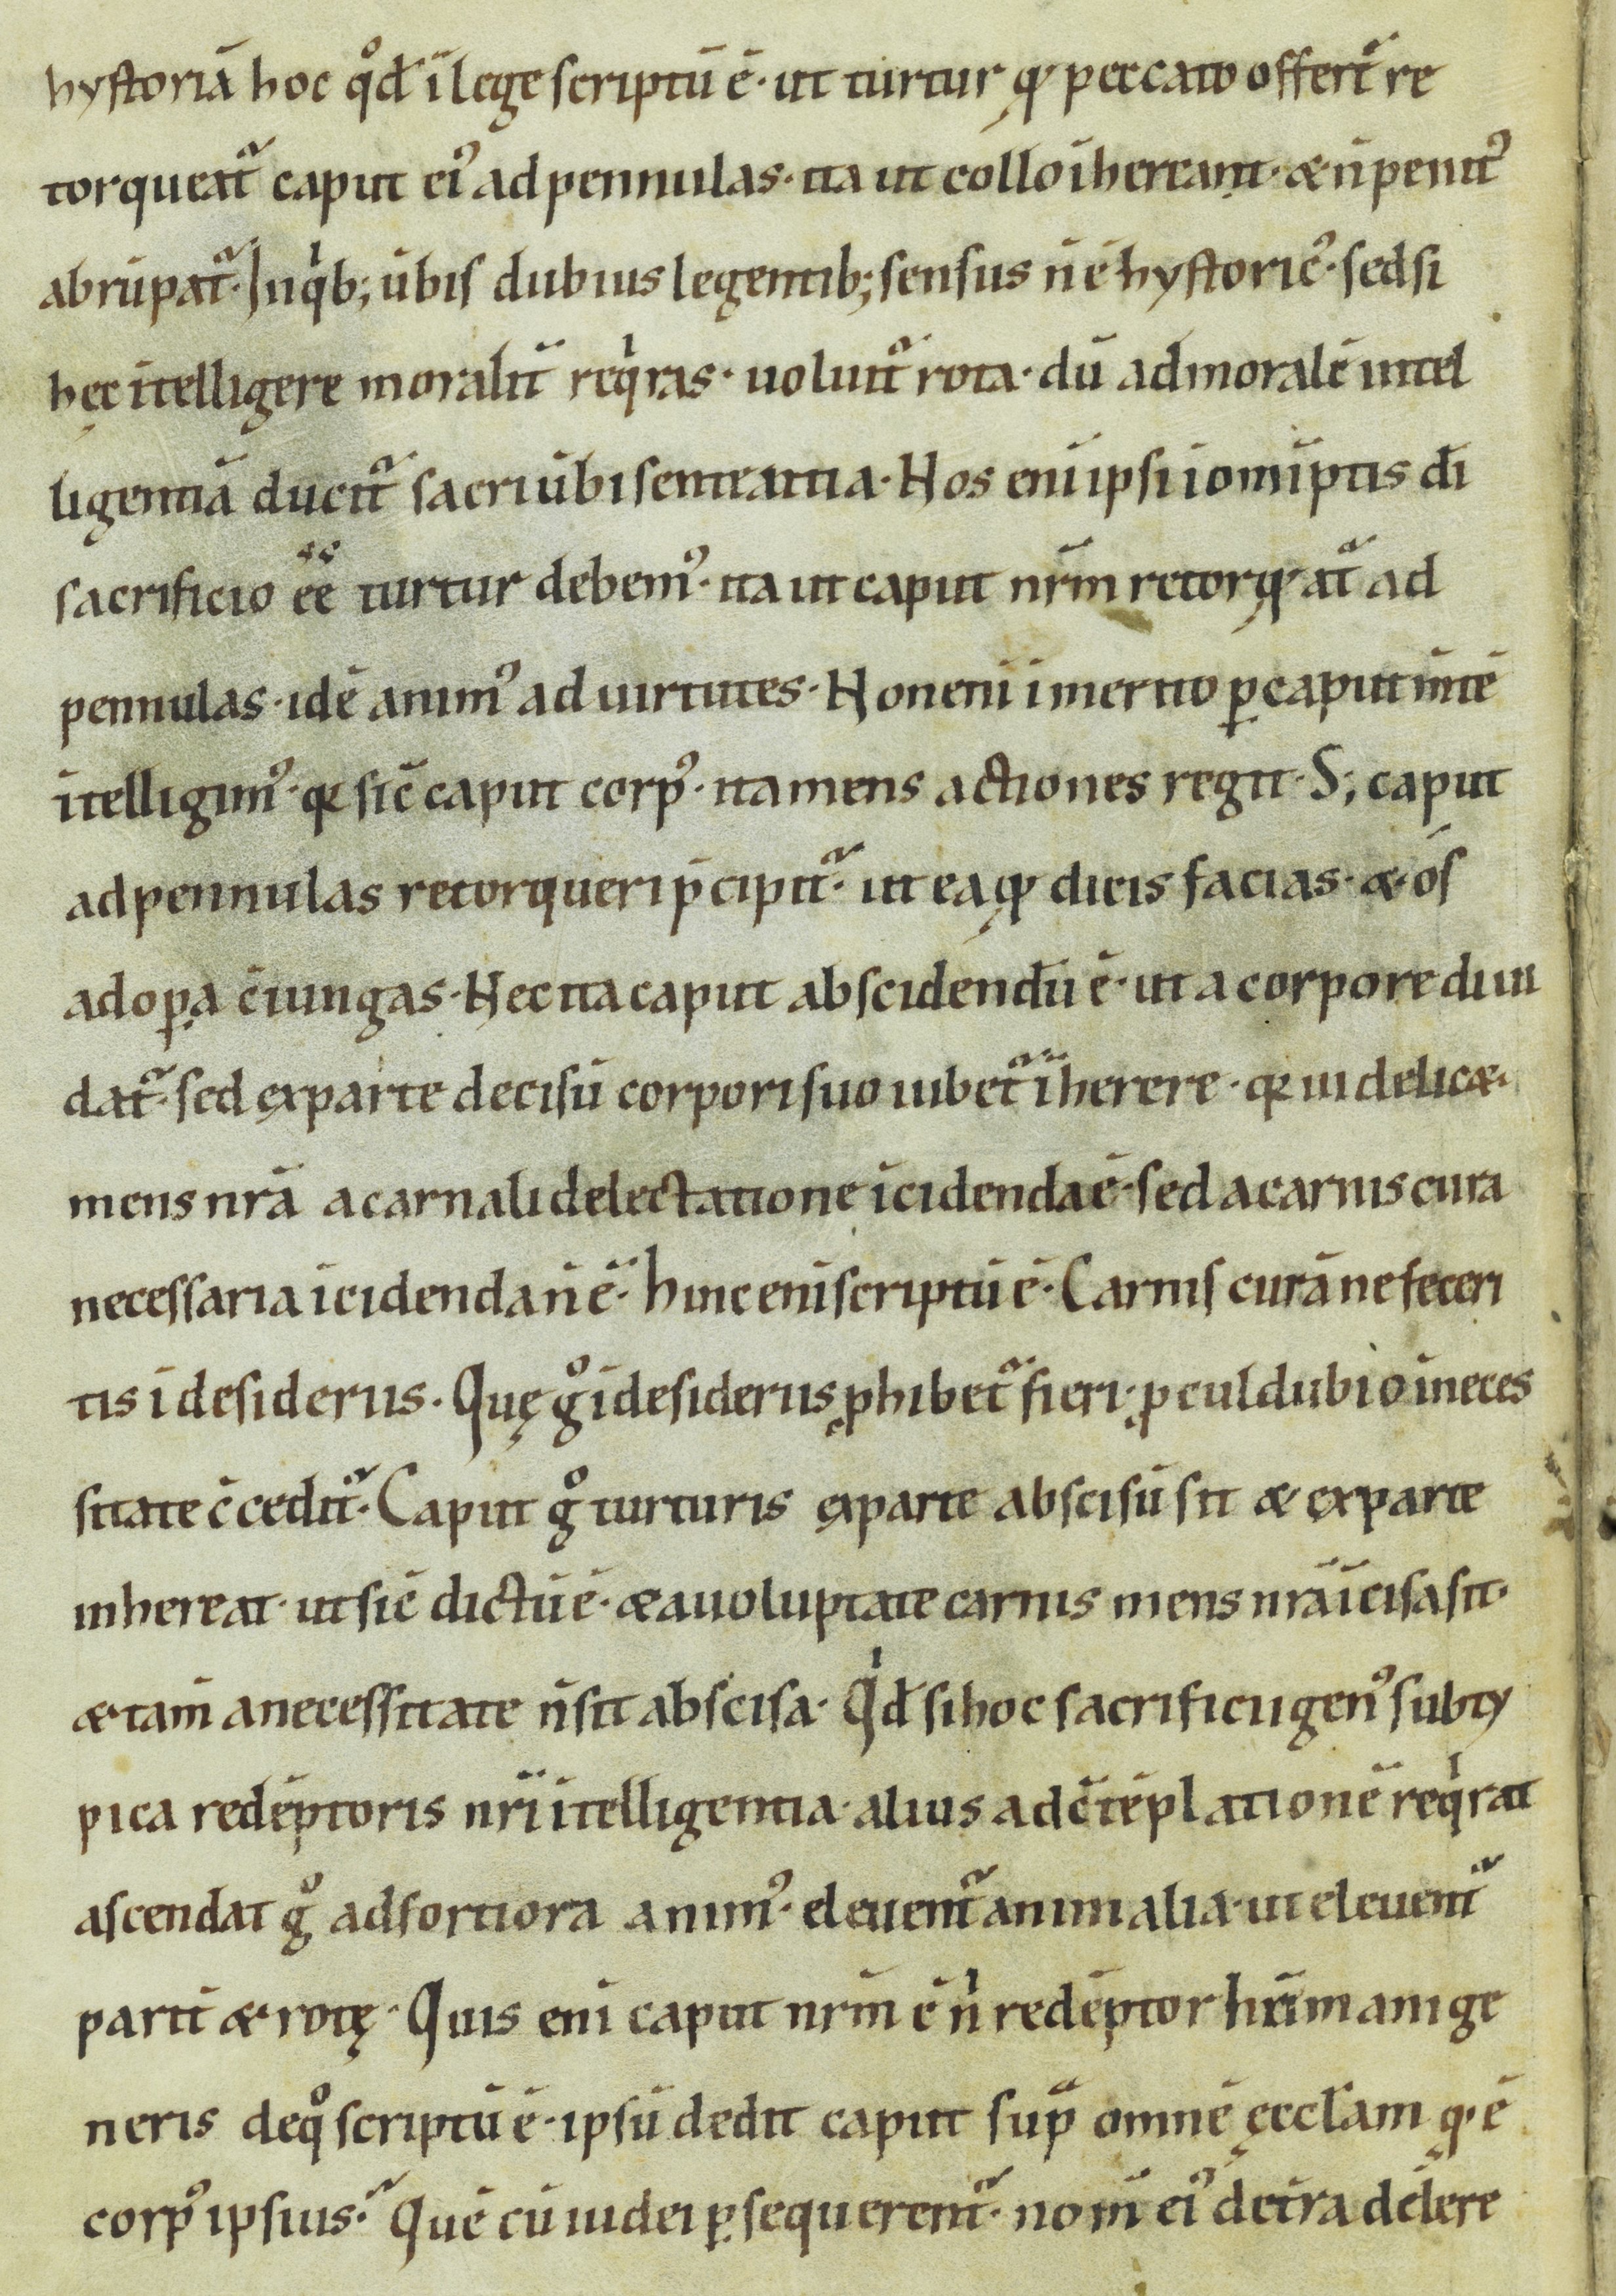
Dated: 1000–1099